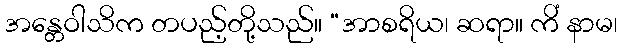
အန္တေဝါသိက တပည့်တို့သည်။ “အာစရိယ၊ ဆရာ။ ကိံ နာမ၊